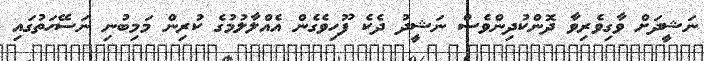
ނަޝީދަށް ވާގިވެރިވާ ދޮންކުދިންވެސް ނަޝީދު ދެކެ ފޫހިވެގެން އެއްލާލުމުގެ ކުރިން މަމިބުނި ނަސޭހަތުގައި